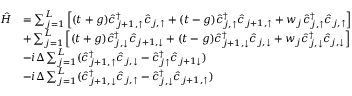
\begin{array} { r l } { \hat { H } } & { = \sum _ { j = 1 } ^ { L } \left[ ( t + g ) \hat { c } _ { j + 1 , \uparrow } ^ { \dagger } \hat { c } _ { j , \uparrow } + ( t - g ) \hat { c } _ { j , \uparrow } ^ { \dagger } \hat { c } _ { j + 1 , \uparrow } + w _ { j } \hat { c } _ { j , \uparrow } ^ { \dagger } \hat { c } _ { j , \uparrow } \right] } \\ & { + \sum _ { j = 1 } ^ { L } \left[ ( t + g ) \hat { c } _ { j , \downarrow } ^ { \dagger } \hat { c } _ { j + 1 , \downarrow } + ( t - g ) \hat { c } _ { j + 1 , \downarrow } ^ { \dagger } \hat { c } _ { j , \downarrow } + w _ { j } \hat { c } _ { j , \downarrow } ^ { \dagger } \hat { c } _ { j , \downarrow } \right] } \\ & { - i \Delta \sum _ { j = 1 } ^ { L } ( \hat { c } _ { j + 1 , \uparrow } ^ { \dagger } \hat { c } _ { j , \downarrow } - \hat { c } _ { j \uparrow } ^ { \dagger } \hat { c } _ { j + 1 \downarrow } ) } \\ & { - i \Delta \sum _ { j = 1 } ^ { L } ( \hat { c } _ { j + 1 , \downarrow } ^ { \dagger } \hat { c } _ { j , \uparrow } - \hat { c } _ { j , \downarrow } ^ { \dagger } \hat { c } _ { j + 1 , \uparrow } ) } \end{array}